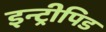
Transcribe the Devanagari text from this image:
इन्ट्रीपिड